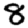
Digit: 8